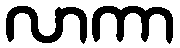
လာကာ